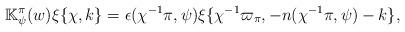
LaTeX: \begin{align*}\mathbb{K}_\psi^\pi(w)\xi\{\chi,k\} =\epsilon(\chi^{-1}\pi,\psi) \xi \{\chi^{-1}\varpi_\pi, -n(\chi^{-1}\pi,\psi)- k\},\end{align*}